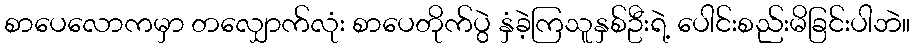
စာပေလောကမှာ တလျှောက်လုံး စာပေတိုက်ပွဲ နှံခဲ့ကြသူနှစ်ဦးရဲ့ ပေါင်းစည်းမိခြင်းပါဘဲ။